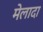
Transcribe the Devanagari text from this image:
मेलादा